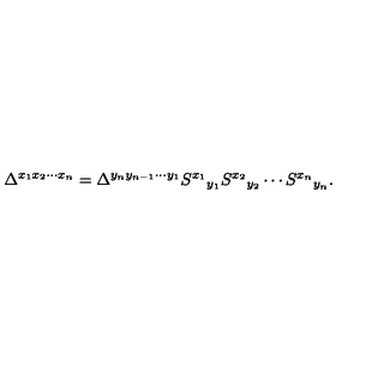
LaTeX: \Delta ^ { x _ { 1 } x _ { 2 } \cdots x _ { n } } = \Delta ^ { y _ { n } y _ { n - 1 } \cdots y _ { 1 } } S ^ { x _ { 1 } } { } _ { y _ { 1 } } S ^ { x _ { 2 } } { } _ { y _ { 2 } } \cdots S ^ { x _ { n } } { } _ { y _ { n } } .